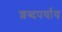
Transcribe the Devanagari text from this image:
शब्दपर्याय